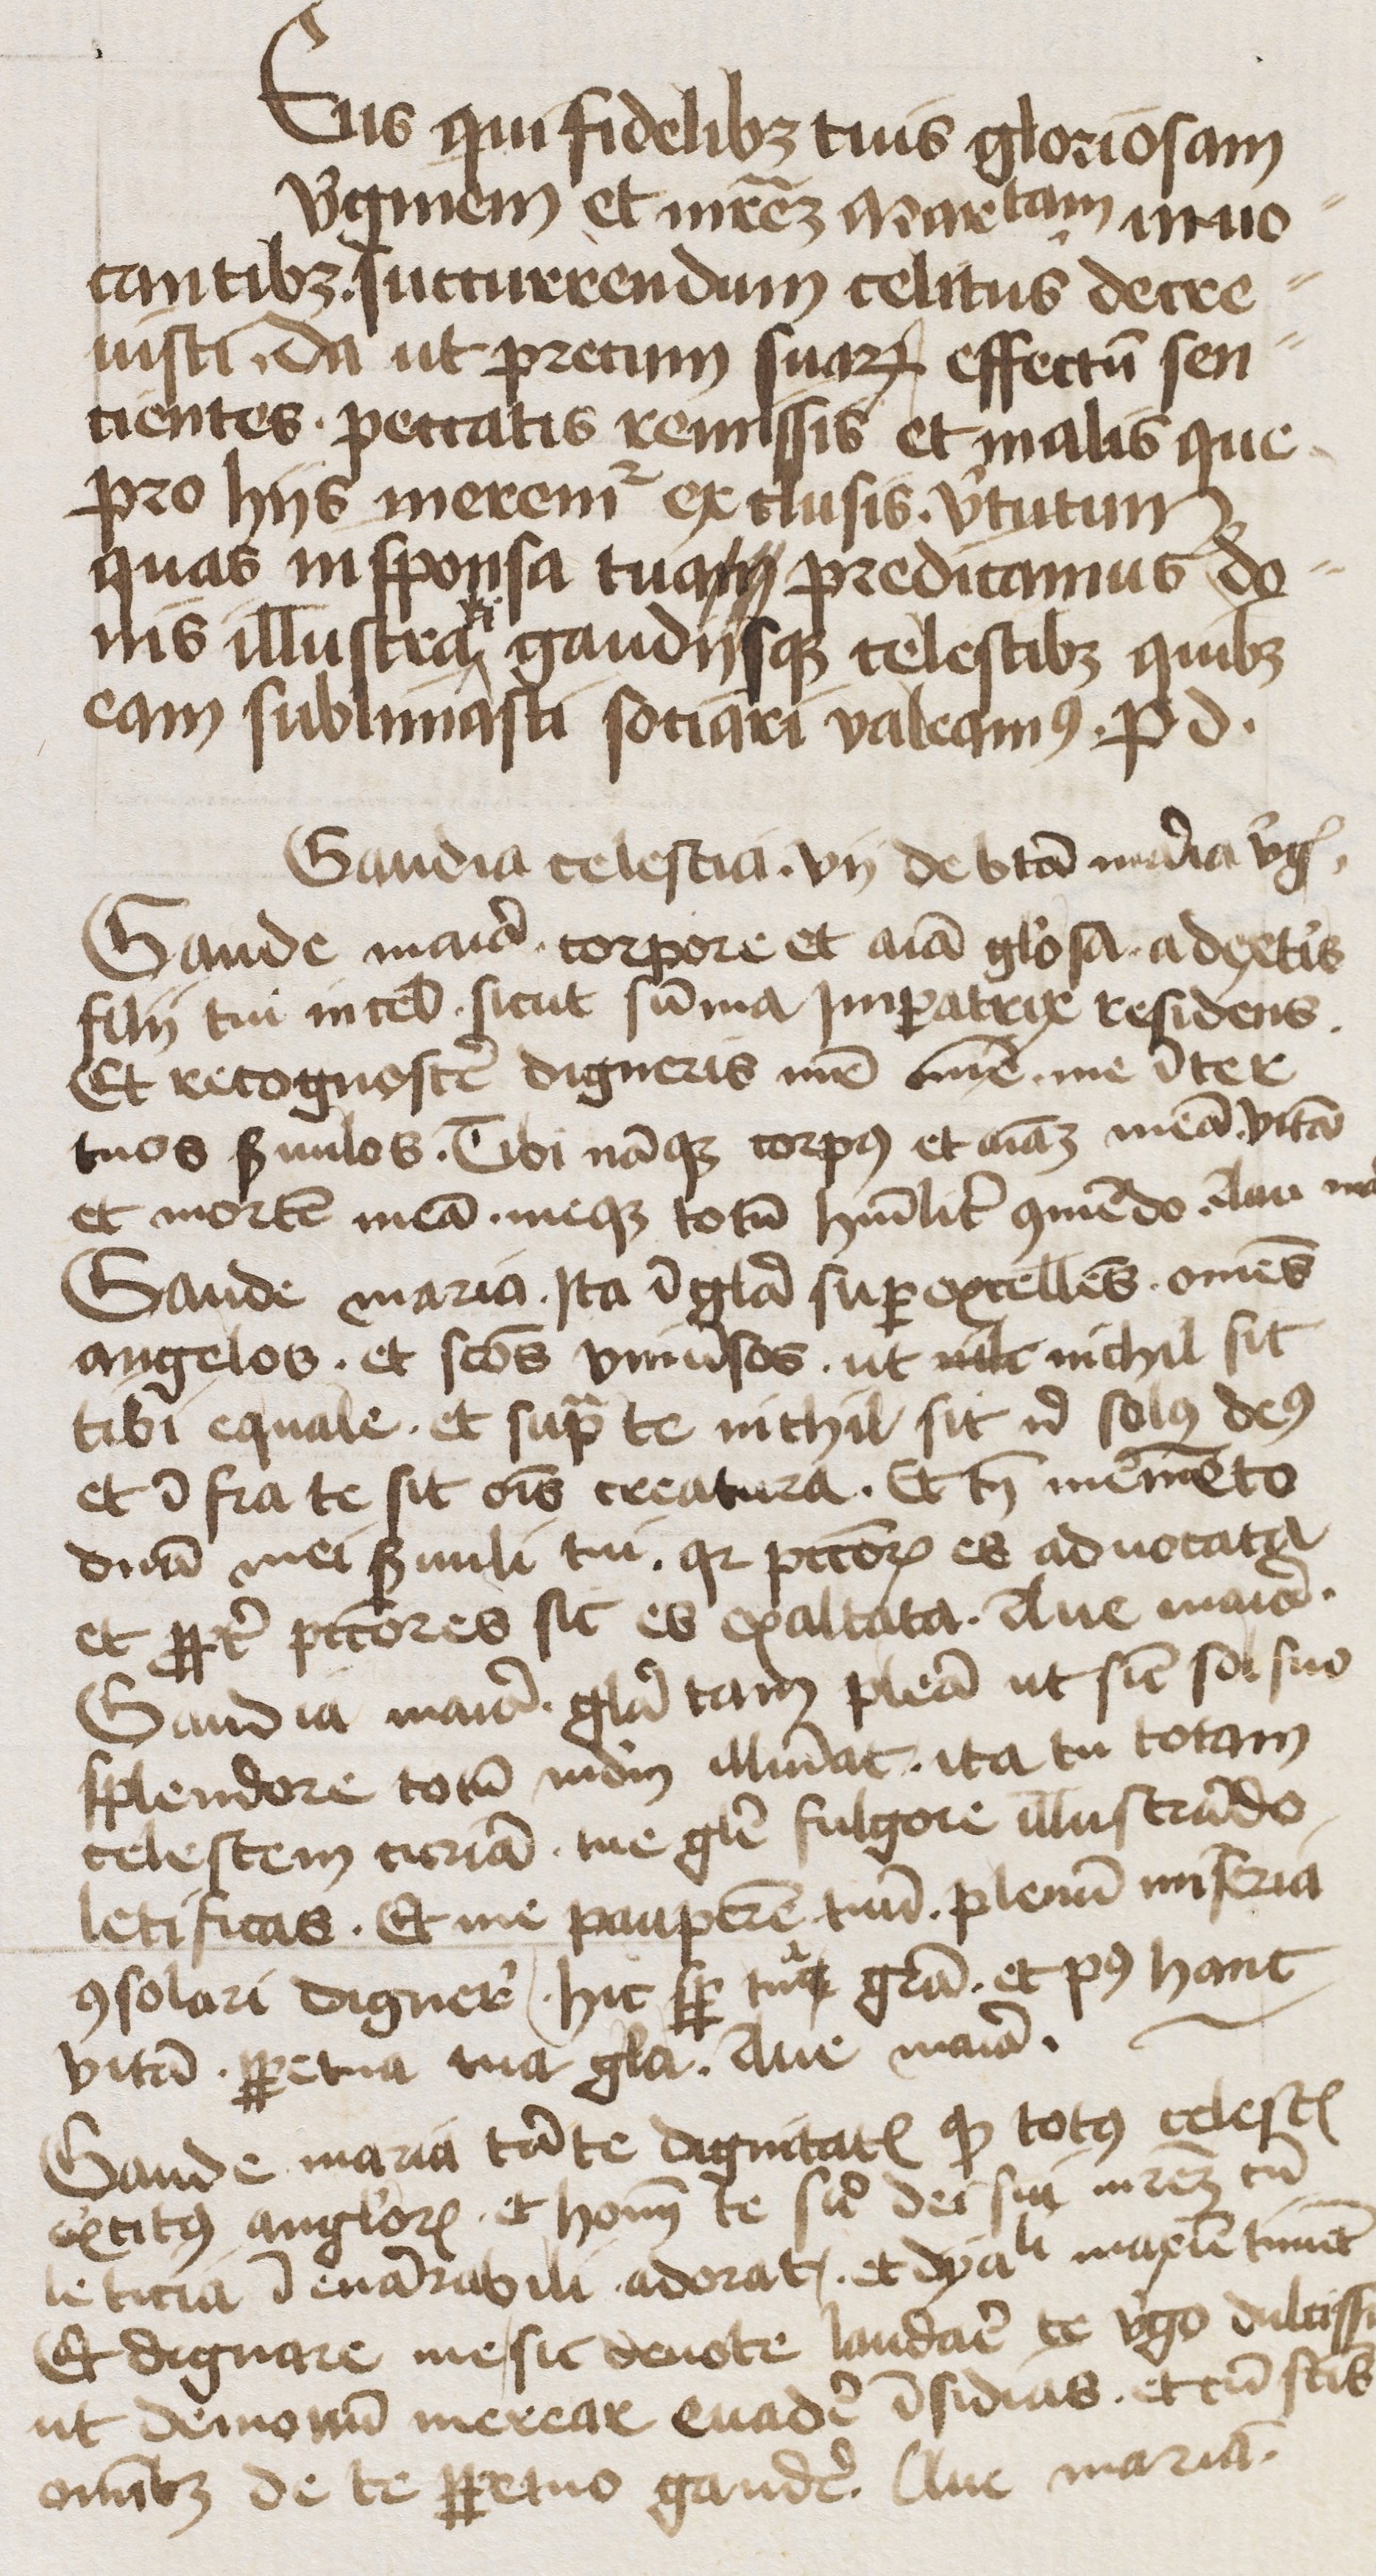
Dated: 1400–1449